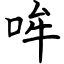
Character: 哞